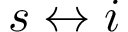
s \leftrightarrow i